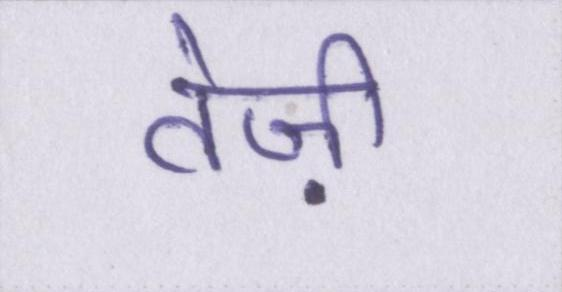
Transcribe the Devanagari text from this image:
तेज़ी